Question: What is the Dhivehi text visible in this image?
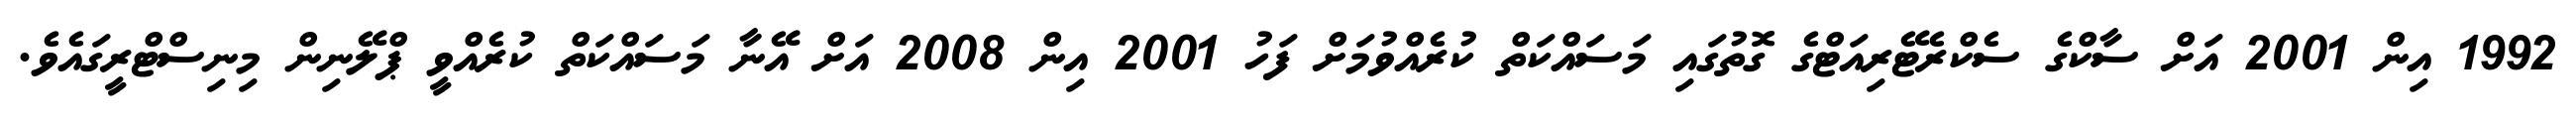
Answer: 1992 އިން 2001 އަށް ސާކްގެ ސެކްރެޓޭރިއަޓްގެ ގޮތުގައި މަސައްކަތް ކުރެއްވުމަށް ފަހު 2001 އިން 2008 އަށް އޭނާ މަސައްކަތް ކުރެއްވީ ޕްލޭނިން މިނިސްޓްރީގައެވެ.